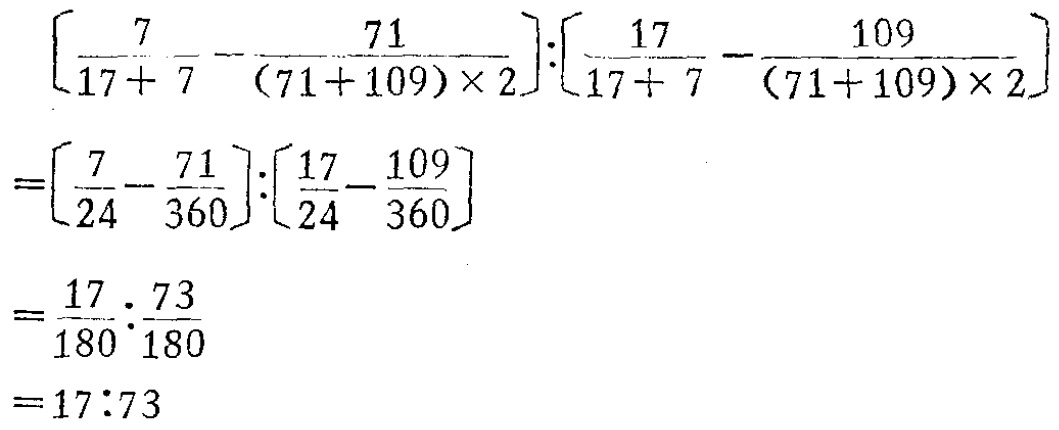
\[
\begin{align*}
&\left[\frac{7}{17 + 7}-\frac{71}{(71 + 109)\times2}\right]:\left[\frac{17}{17 + 7}-\frac{109}{(71 + 109)\times2}\right]\\
=&\left[\frac{7}{24}-\frac{71}{360}\right]:\left[\frac{17}{24}-\frac{109}{360}\right]\\
=&\frac{17}{180}:\frac{73}{180}\\
=&17:73
\end{align*}
\]